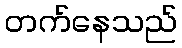
တက်နေသည်